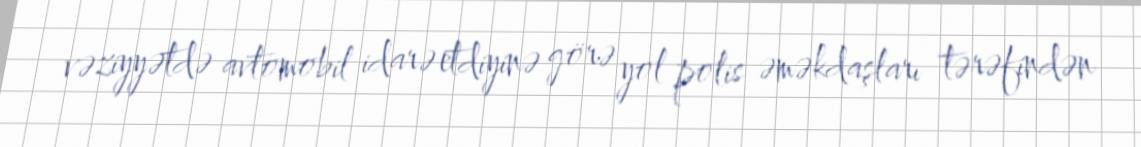
vəziyyətdə avtomobil idarə etdiyinə görə yol polis əməkdaşları tərəfindən